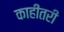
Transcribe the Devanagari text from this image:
काहींतरी